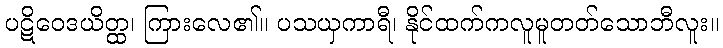
ပဋိဝေဒယိတ္ထ၊ ကြားလေ၏။ ပသယှကာရီ၊ နိုင်ထက်ကလူမူတတ်သောဘီလူး။